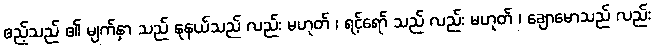
ဧည့်သည် ၏ မျက်နှာ သည် နုနယ်သည် လည်း မဟုတ် ၊ ရင့်ရော် သည် လည်း မဟုတ် ၊ ချောမောသည် လည်း